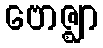
ဗောဇ္ဈာ